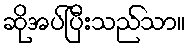
ဆိုအပ်ပြီးသည်သာ။